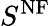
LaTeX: S^{\mathrm{NF}}